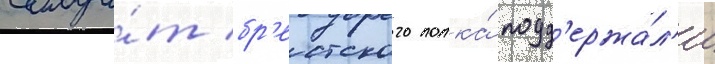
солда́т бр'естского полка́ подд'ержа́л'и